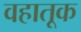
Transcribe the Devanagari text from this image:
वहातूक